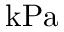
\mathrm { k P a }